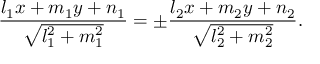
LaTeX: { \frac { l _ { 1 } x + m _ { 1 } y + n _ { 1 } } { \sqrt { l _ { 1 } ^ { 2 } + m _ { 1 } ^ { 2 } } } } = \pm { \frac { l _ { 2 } x + m _ { 2 } y + n _ { 2 } } { \sqrt { l _ { 2 } ^ { 2 } + m _ { 2 } ^ { 2 } } } } .